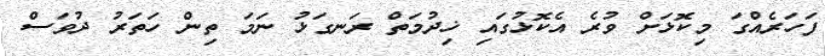
ފަހަރެއްގަ މިކޮޅަށް ވުރެ އެކޮޅުގައި ޚިދުމަތް ރަނގަޅު ނަމަ ތިން ހަތަރު ދުވަސް